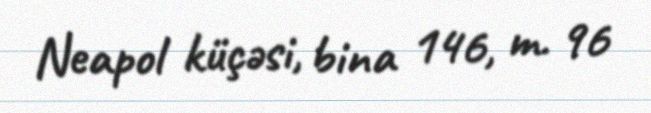
Neapol küçəsi, bina 146, m. 96